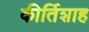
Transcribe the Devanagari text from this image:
कीर्तिशाह